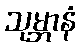
သုမ္ဘာနံ